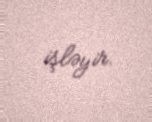
işləyir.